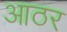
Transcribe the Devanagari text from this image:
आठर